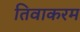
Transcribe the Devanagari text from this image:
तिवाकरम